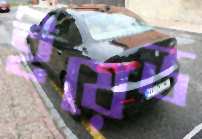
ইয়েড